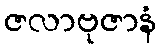
ဇလာဗုဇာနံ